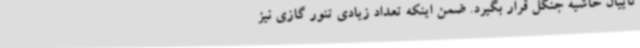
تاییان حاشیه جنگل قرار بگیرد. ضمن اینکه تعداد زیادی تنور گازی نیز